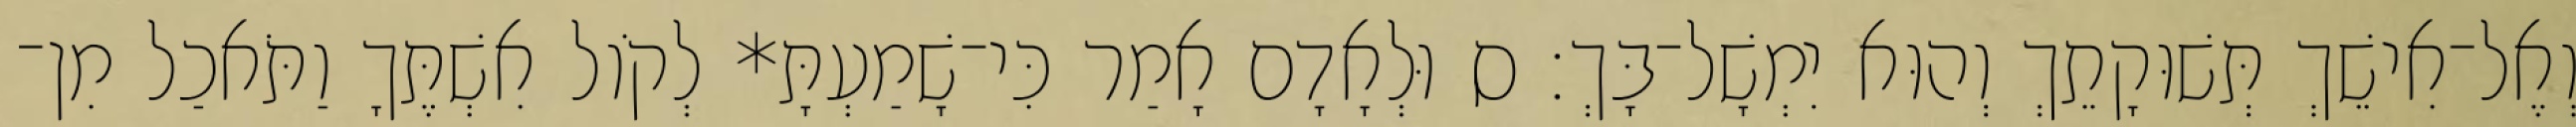
וְאֶל־אִישֵׁךְ תְּשׁוּקָתֵךְ וְהוּא יִמְשָׁל־בָּךְ׃ ס וּלְאָדָם אָמַר כִּי־שָׁמַעְתָּ* לְקֹול אִשְׁתֶּךָ וַתֹּאכַל מִן־